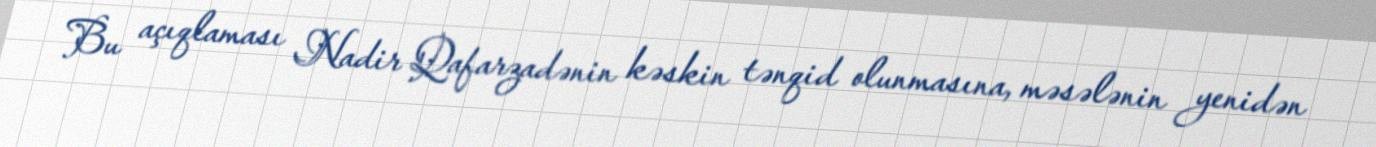
Bu açıqlaması Nadir Qafarzadənin kəskin tənqid olunmasına, məsələnin yenidən